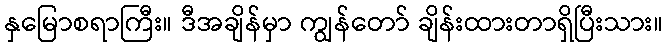
နှမြောစရာကြီး။ ဒီအချိန်မှာ ကျွန်တော် ချိန်းထားတာရှိပြီးသား။